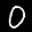
Label: 0